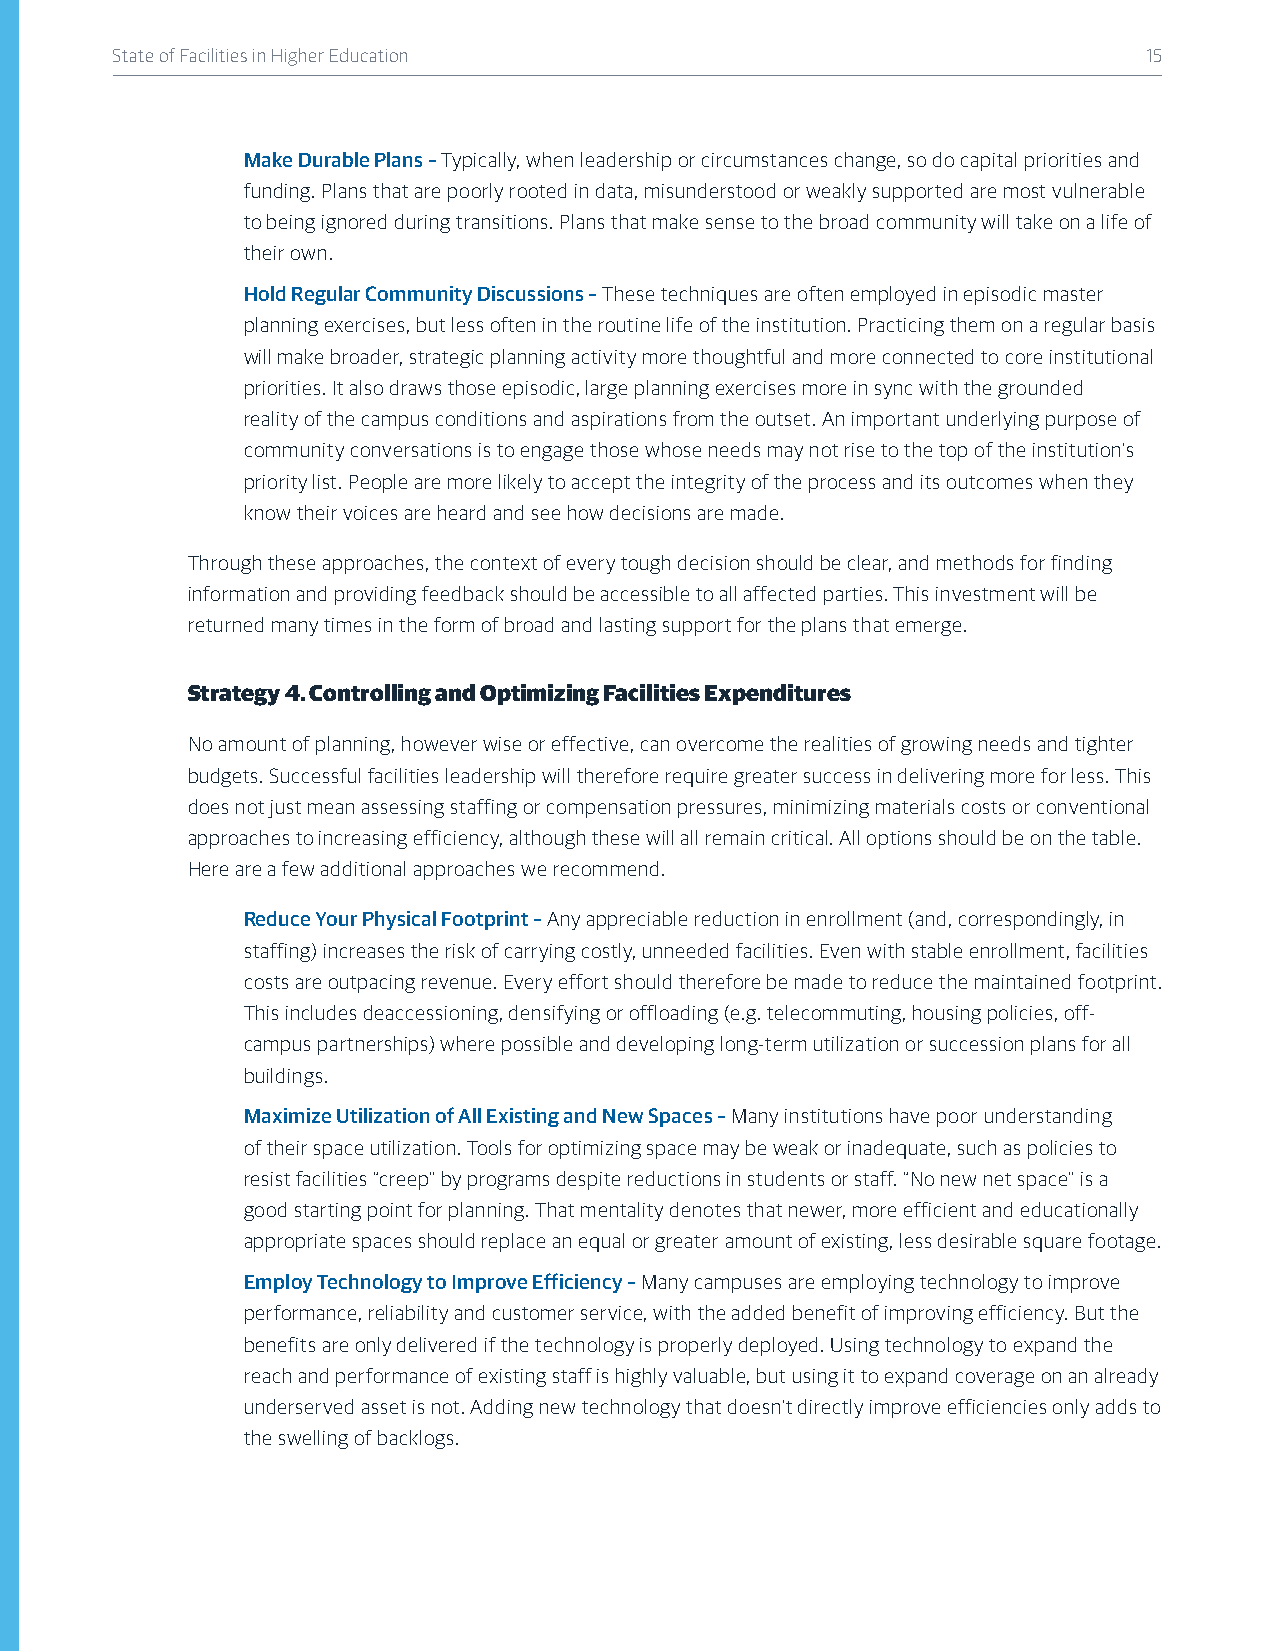
State of Facilities in Higher Education                              15
 Make Durable Plans – Typically, when leadership or circumstances change, so do capital priorities and
 funding. Plans that are poorly rooted in data, misunderstood or weakly supported are most vulnerable
 to being ignored during transitions. Plans that make sense to the broad community will take on a life of
 their own.
 Hold Regular Community Discussions – These techniques are often employed in episodic master
 planning exercises, but less often in the routine life of the institution. Practicing them on a regular basis
 will make broader, strategic planning activity more thoughtful and more connected to core institutional
 priorities. It also draws those episodic, large planning exercises more in sync with the grounded
 reality of the campus conditions and aspirations from the outset. An important underlying purpose of
 community conversations is to engage those whose needs may not rise to the top of the institution’s
 priority list. People are more likely to accept the integrity of the process and its outcomes when they
 know their voices are heard and see how decisions are made.
 Through these approaches, the context of every tough decision should be clear, and methods for finding
 information and providing feedback should be accessible to all affected parties. This investment will be
 returned many times in the form of broad and lasting support for the plans that emerge.
 Strategy 4. Controlling and Optimizing Facilities Expenditures
 No amount of planning, however wise or effective, can overcome the realities of growing needs and tighter
 budgets. Successful facilities leadership will therefore require greater success in delivering more for less. This
 does not just mean assessing staffing or compensation pressures, minimizing materials costs or conventional
 approaches to increasing efficiency, although these will all remain critical. All options should be on the table.
 Here are a few additional approaches we recommend.
 Reduce Your Physical Footprint – Any appreciable reduction in enrollment (and, correspondingly, in
 staffing) increases the risk of carrying costly, unneeded facilities. Even with stable enrollment, facilities
 costs are outpacing revenue. Every effort should therefore be made to reduce the maintained footprint.
 This includes deaccessioning, densifying or offloading (e.g. telecommuting, housing policies, off-
 campus partnerships) where possible and developing long-term utilization or succession plans for all
 buildings.
 Maximize Utilization of All Existing and New Spaces – Many institutions have poor understanding
 of their space utilization. Tools for optimizing space may be weak or inadequate, such as policies to
 resist facilities “creep” by programs despite reductions in students or staff. “No new net space” is a
 good starting point for planning. That mentality denotes that newer, more efficient and educationally
 appropriate spaces should replace an equal or greater amount of existing, less desirable square footage.
 Employ Technology to Improve Efficiency – Many campuses are employing technology to improve
 performance, reliability and customer service, with the added benefit of improving efficiency. But the
 benefits are only delivered if the technology is properly deployed. Using technology to expand the
 reach and performance of existing staff is highly valuable, but using it to expand coverage on an already
 underserved asset is not. Adding new technology that doesn’t directly improve efficiencies only adds to
 the swelling of backlogs.